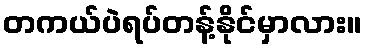
တကယ်ပဲရပ်တန့်နိုင်မှာလား။